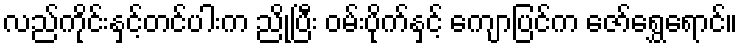
လည်ကိုင်းနှင့်တင်ပါးက ညိုပြီး ဝမ်းပိုက်နှင့် ကျောပြင်က ဇော်ရွှေရောင်။